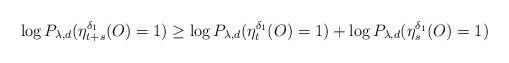
\begin{align*}\log P_{\lambda,d}(\eta_{t+s}^{\delta_1}(O)=1)\geq \log P_{\lambda,d}(\eta_{t}^{\delta_1}(O)=1)+\log P_{\lambda,d}(\eta_{s}^{\delta_1}(O)=1)\end{align*}